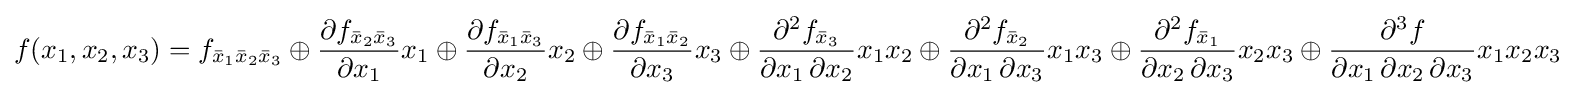
f(x_{1},x_{2},x_{3})=f_{{\bar {x}}_{1}{\bar {x}}_{2}{\bar {x}}_{3}}\oplus {\partial f_{{\bar {x}}_{2}{\bar {x}}_{3}} \over \partial x_{1}}x_{1}\oplus {\partial f_{{\bar {x}}_{1}{\bar {x}}_{3}} \over \partial x_{2}}x_{2}\oplus {\partial f_{{\bar {x}}_{1}{\bar {x}}_{2}} \over \partial x_{3}}x_{3}\oplus {\partial ^{2}f_{{\bar {x}}_{3}} \over \partial x_{1}\,\partial x_{2}}x_{1}x_{2}\oplus {\partial ^{2}f_{{\bar {x}}_{2}} \over \partial x_{1}\,\partial x_{3}}x_{1}x_{3}\oplus {\partial ^{2}f_{{\bar {x}}_{1}} \over \partial x_{2}\,\partial x_{3}}x_{2}x_{3}\oplus {\partial ^{3}f \over \partial x_{1}\,\partial x_{2}\,\partial x_{3}}x_{1}x_{2}x_{3}